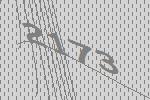
2173